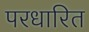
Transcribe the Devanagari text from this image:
परधारित